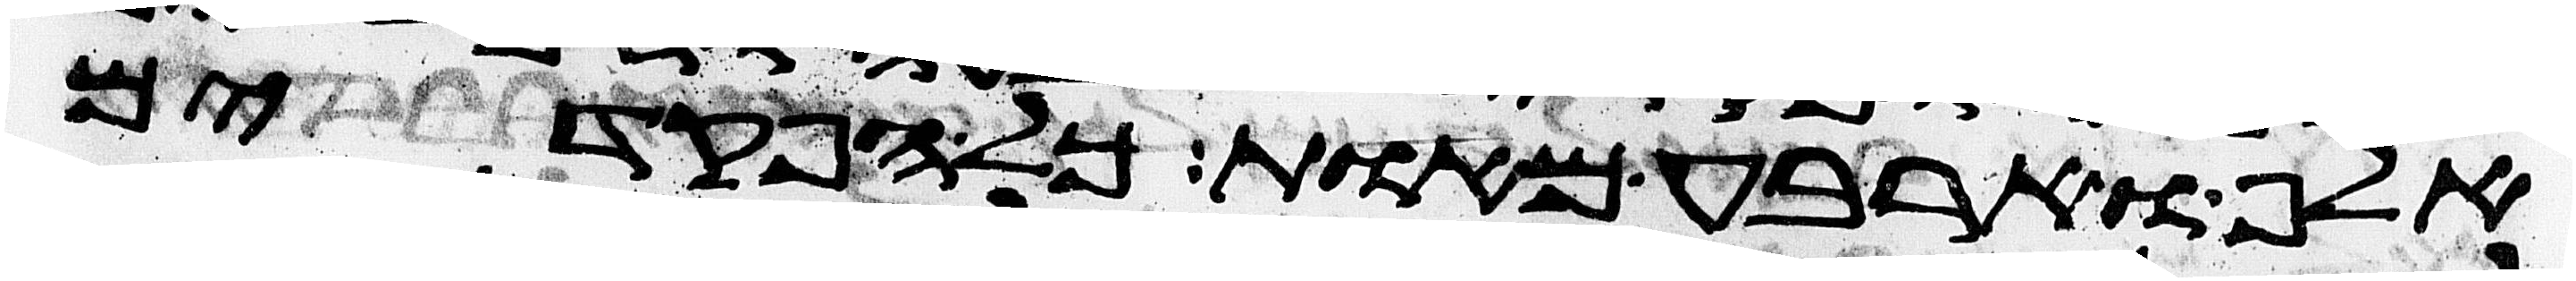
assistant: אלף וארבע מאות כל הפקדים